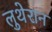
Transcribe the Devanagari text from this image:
लुथेरान